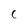
Character: c